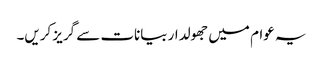
یہ عوام میں جھولدار بیانات سے گریز کریں۔